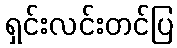
ရှင်းလင်းတင်ပြ